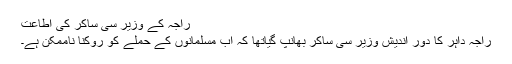
راجہ کے وزیر سی ساکر کی اطاعت
راجہ داہر کا دور اندیش وزیر سی ساکر بھانپ گیاتھا کہ اب مسلمانوں کے حملے کو روکنا ناممکن ہے۔